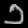
Digit: ၁